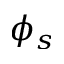
\phi _ { s }